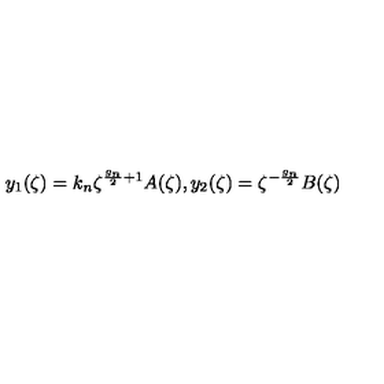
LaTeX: y _ { 1 } ( \zeta ) = k _ { n } \zeta ^ { \frac { g _ { n } } { 2 } + 1 } A ( \zeta ) , y _ { 2 } ( \zeta ) = \zeta ^ { - \frac { g _ { n } } { 2 } } B ( \zeta )